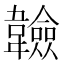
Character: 𩏩